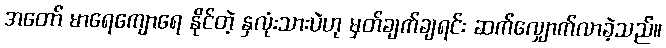
အတော် မာရေကျောရေ နိုင်တဲ့ နှလုံးသားပဲဟု မှတ်ချက်ချရင်း ဆက်လျှောက်လာခဲ့သည်။